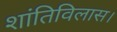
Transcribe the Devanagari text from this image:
शांतिविलास।